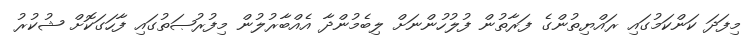
މިފަދަ ކަންކަމުގައި ރައްޔިތުންގެ ފަރާތުން ފުލުހުންނަށް ލިބެމުންދާ އެއްބާރުލުން މިފުރުޞަތުގައި ފާހަގަކޮށް ޝުކުރު